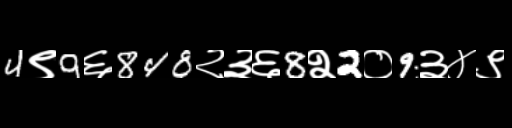
Text: 4९9६848२३६8२2०9३४९